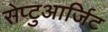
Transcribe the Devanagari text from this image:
सेप्टुआर्जिट